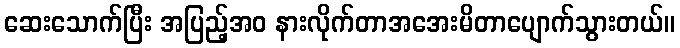
ဆေးသောက်ပြီး အပြည့်အဝ နားလိုက်တာအအေးမိတာပျောက်သွားတယ်။